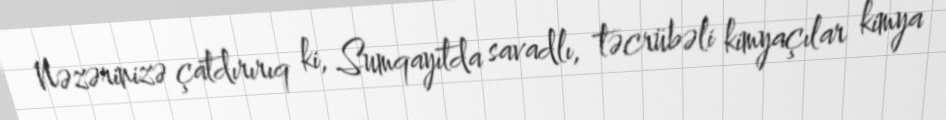
Nəzərinizə çatdırırıq ki, Sumqayıtda savadlı, təcrübəli kimyaçılar kimya